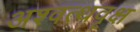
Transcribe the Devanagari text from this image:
अश्वत्थवृक्ष